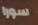
سورا